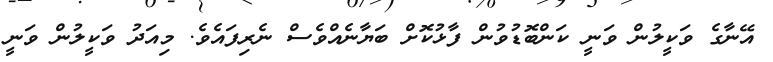
އޭނާގެ ވަކީލުން ވަނީ ކަންބޮޑުވުން ފާޅުކޮށް ބަޔާނެއްވެސް ނެރިފައެވެ. މިއަދު ވަކީލުން ވަނީ